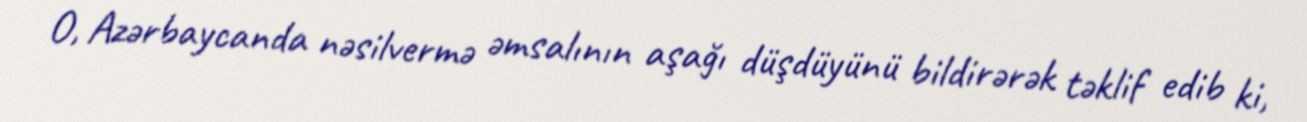
O, Azərbaycanda nəsilvermə əmsalının aşağı düşdüyünü bildirərək təklif edib ki,